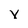
Character: V